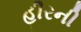
હીરની